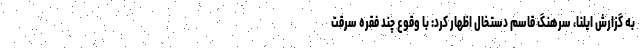
به گزارش ایلنا، سرهنگ قاسم دستخال اظهار کرد: با وقوع چند فقره سرقت